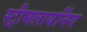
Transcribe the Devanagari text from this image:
स्ट्रीमलायनिंग